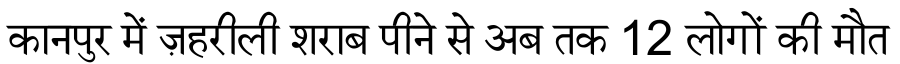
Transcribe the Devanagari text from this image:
कानपुर में ज़हरीली शराब पीने से अब तक 12 लोगों की मौत